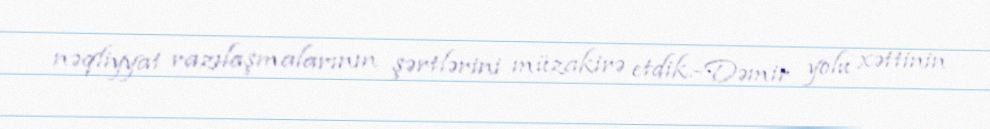
nəqliyyat razılaşmalarının şərtlərini müzakirə etdik.-Dəmir yolu xəttinin